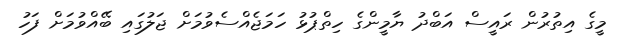
މީގެ އިތުރުން ރައީސް އަބްދު ޔާމީންގެ ހިތްޕުޅު ހަމަޖެއްސެވުމަށް ޖަލުގައި ބޭއްވުމަށް ފަހު